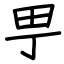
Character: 甼